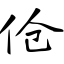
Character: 伧